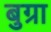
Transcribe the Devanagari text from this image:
बुग्रा